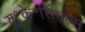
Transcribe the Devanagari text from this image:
यू॰के॰सिंगल्स